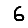
Digit: 6